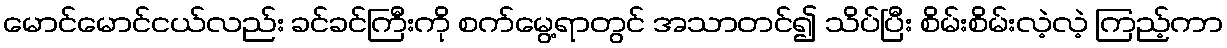
မောင်မောင်ငယ်လည်း ခင်ခင်ကြီးကို စက်မွေ့ရာတွင် အသာတင်၍ သိပ်ပြီး စိမ်းစိမ်းလဲ့လဲ့ ကြည့်ကာ